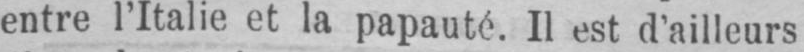
entre l’Italie et la papauté. Il est d’ailleurs